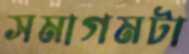
সমাগমটা